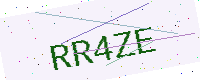
Text: RR4ZE